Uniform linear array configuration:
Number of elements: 32
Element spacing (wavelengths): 0.25
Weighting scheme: uniform
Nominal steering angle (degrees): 30
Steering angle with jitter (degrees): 28.666
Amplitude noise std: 0.05
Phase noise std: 0.05

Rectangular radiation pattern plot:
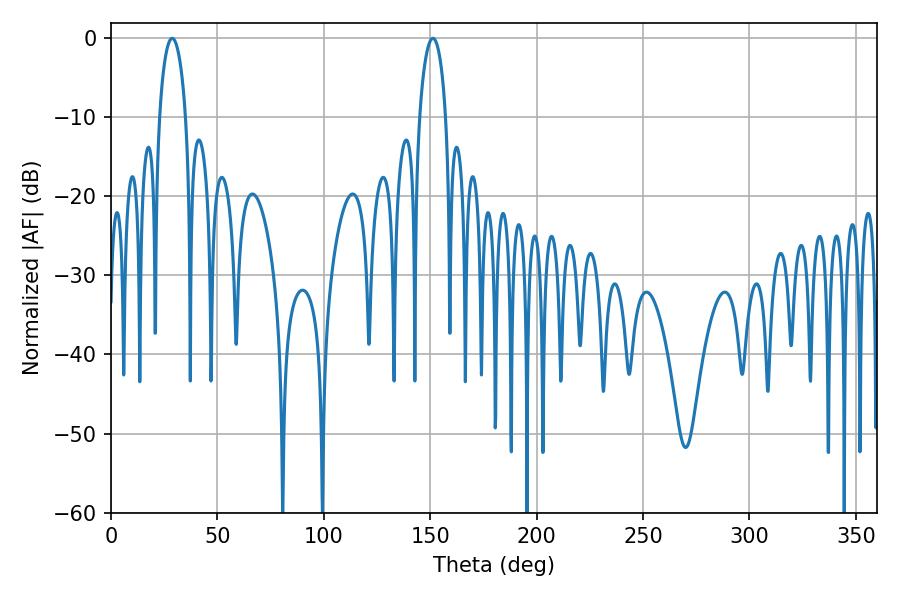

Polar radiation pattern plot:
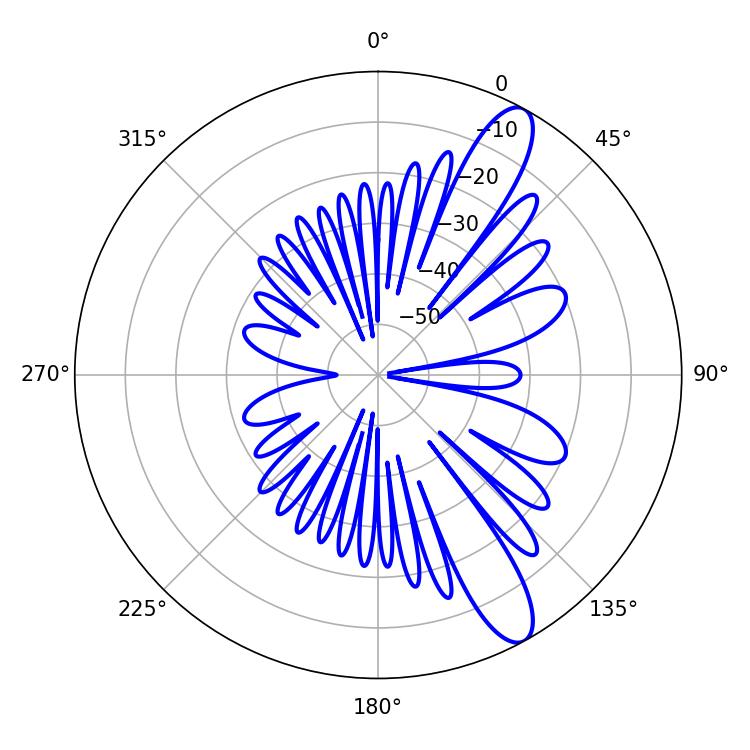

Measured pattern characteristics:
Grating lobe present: FALSE
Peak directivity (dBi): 11.639
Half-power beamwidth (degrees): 7.2
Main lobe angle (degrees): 151.2